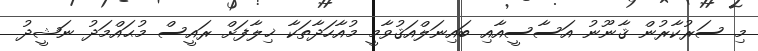
މި ސަރުކާރުން ޤާނޫނު އަސާސީއާއި ބައިނަލްއަޤުވާމީ މުއާހަދާތަކާ ޚިލާފަށް ރައީސް މުޙައްމަދު ނަޝީދު